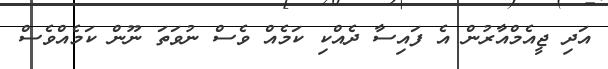
އަދި ޖީއެމްއާރުން އެ ފައިސާ ދެއްކި ކަމެއް ވެސް ނުވަތަ ނޫން ކަމެއްވެސް